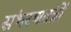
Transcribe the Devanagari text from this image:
संभरणतंत्रों